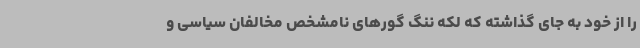
را از خود به جای گذاشته که لکه ننگ گورهای نامشخص مخالفان سیاسی‌ و